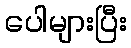
ပေါများပြီး